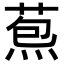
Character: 𦳤